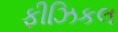
ફીઝિકલ